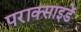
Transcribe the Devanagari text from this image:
पराक्साइडें